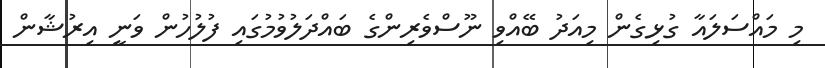
މި މައްސަލައާ ގުޅިގެން މިއަދު ބޭއްވި ނޫސްވެރިންގެ ބައްދަލުވުމުގައި ފުލުހުން ވަނީ އިރުޝާން